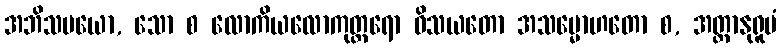
အဘိသမယော, သော စ လောကိယလောကုတ္တရော ဝိသယတော အသမ္မောဟတော စ, အတ္ထာနုရူပံ